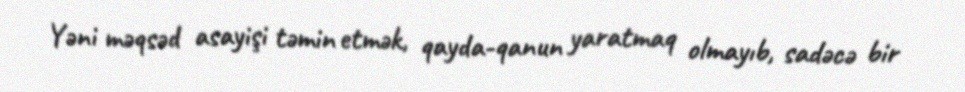
Yəni məqsəd asayişi təmin etmək, qayda-qanun yaratmaq olmayıb, sadəcə bir